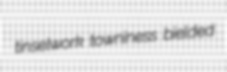
tinselwork towniness bielded